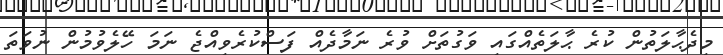
މިދެޙާލަތުން ކުރެ ޙާލަތެއްގައި ވަގުތަށް ވުރެ ނަމާދެއް ފަސްކުރެވިއްޖެ ނަމަ ހޭލެވުމުން ނުވަތަ